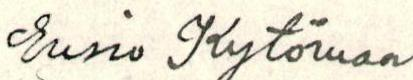
Ensio Kytömaa